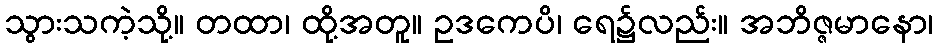
သွားသကဲ့သို့။ တထာ၊ ထို့အတူ။ ဥဒကေပိ၊ ရေ၌လည်း။ အဘိဇ္ဇမာနော၊